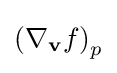
\left(\nabla _{\mathbf {v} }f\right)_{p}